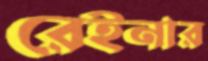
রেইনার